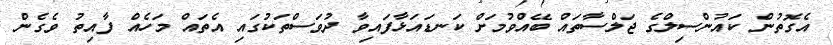
އެގޮތުން ކައުންސިލްގެ ޖަލްސާތައް ބޭއްވުމަށް ކަނޑައަޅާފައިވާ ދުވަސްތަކުގައި އެތައް މަހެއް ފާއިތު ވެގެން